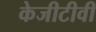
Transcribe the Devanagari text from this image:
केजीटीवी